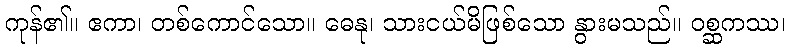
ကုန်၏။ ဧကာ၊ တစ်ကောင်သော။ ဓေနု၊ သားငယ်မိဖြစ်သော နွားမသည်။ ဝစ္ဆကဿ၊